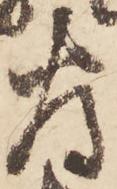
為